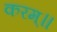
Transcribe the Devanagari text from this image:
करम्॥